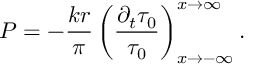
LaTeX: P = - \frac { k r } { \pi } \left( \frac { \partial _ { t } \tau _ { 0 } } { \tau _ { 0 } } \right) _ { x \rightarrow - \infty } ^ { x \rightarrow \infty } .